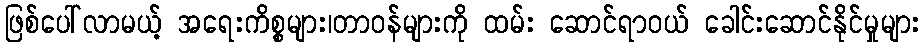
ဖြစ်ပေါ်လာမယ့် အရေးကိစ္စများ၊တာဝန်များကို ထမ်း ဆောင်ရာဝယ် ခေါင်းဆောင်နိုင်မှုများ